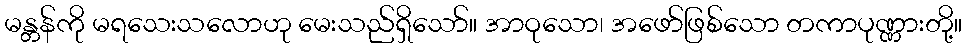
မန္တန်ကို မရသေးသလောဟု မေးသည်ရှိသော်။ အာဝုသော၊ အဖော်ဖြစ်သော တကာပုဏ္ဏားတို့။